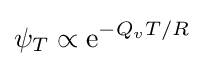
\psi _{T}\propto {\mbox{e}}^{-Q_{v}T/R}